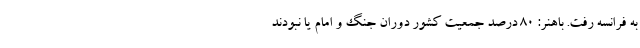
به فرانسه رفت. باهنر: ۸۰ درصد جمعیت کشور دوران جنگ و امام یا نبودند